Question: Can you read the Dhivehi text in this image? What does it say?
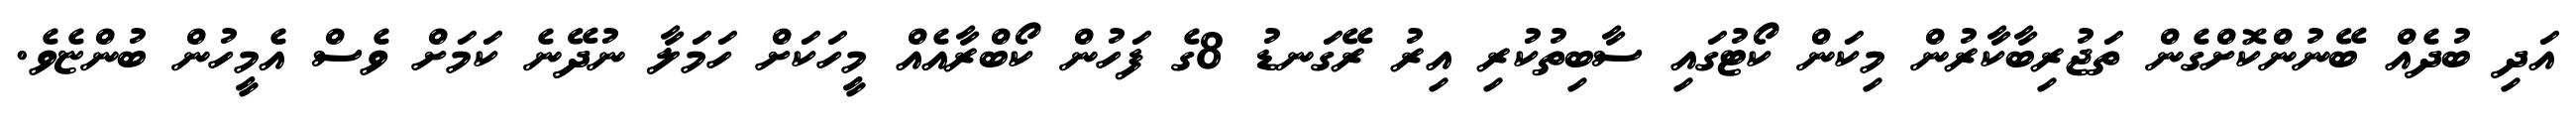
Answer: އަދި ބުދެއް ބޭނުންކޮށްގެން ތަޖުރިބާކާރުން މިކަން ކޯޓުގައި ސާބިތުކުރި އިރު ރޭގަނޑު 8ގެ ފަހުން ކޯބްރާއެއް މީހަކަށް ހަމަލާ ނުދޭނެ ކަމަށް ވެސް އެމީހުން ބުންޏެވެ.